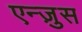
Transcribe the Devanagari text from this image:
एन्ज़ुस